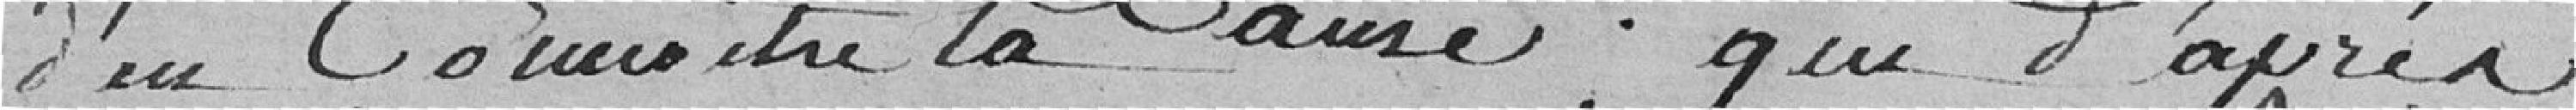
d'en connaitre la cause; que d'après